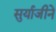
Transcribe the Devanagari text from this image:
सुर्याजीने